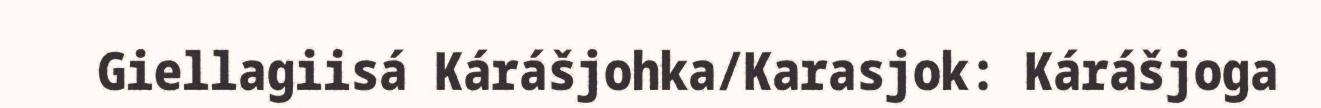
Giellagiisá Kárášjohka/Karasjok: Kárášjoga